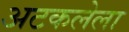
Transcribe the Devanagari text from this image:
अटकलेला